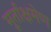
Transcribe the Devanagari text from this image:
मूर्ताक्षमेण